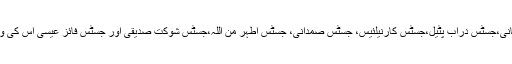
جسٹس رستم کیانی،جسٹس دراب پٹیل،جسٹس کارنیلئیس، جسٹس صمدانی، جسٹس اطہر من اللہ،جسٹس شوکت صدیقی اور جسٹس فائز عیسی اس کی واضح مثالیں ہیں۔